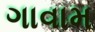
ગાવામ